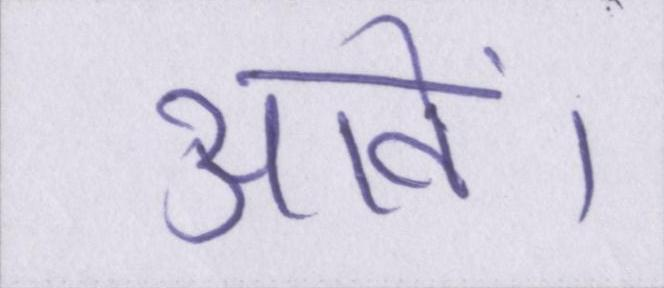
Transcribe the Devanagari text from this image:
आवें।